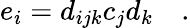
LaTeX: e_{i}=d_{ijk}c_{j}d_{k}\quad.